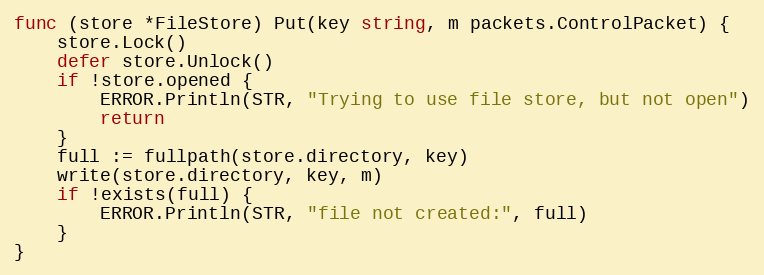
Language: Go
func (store *FileStore) Put(key string, m packets.ControlPacket) {
	store.Lock()
	defer store.Unlock()
	if !store.opened {
		ERROR.Println(STR, "Trying to use file store, but not open")
		return
	}
	full := fullpath(store.directory, key)
	write(store.directory, key, m)
	if !exists(full) {
		ERROR.Println(STR, "file not created:", full)
	}
}